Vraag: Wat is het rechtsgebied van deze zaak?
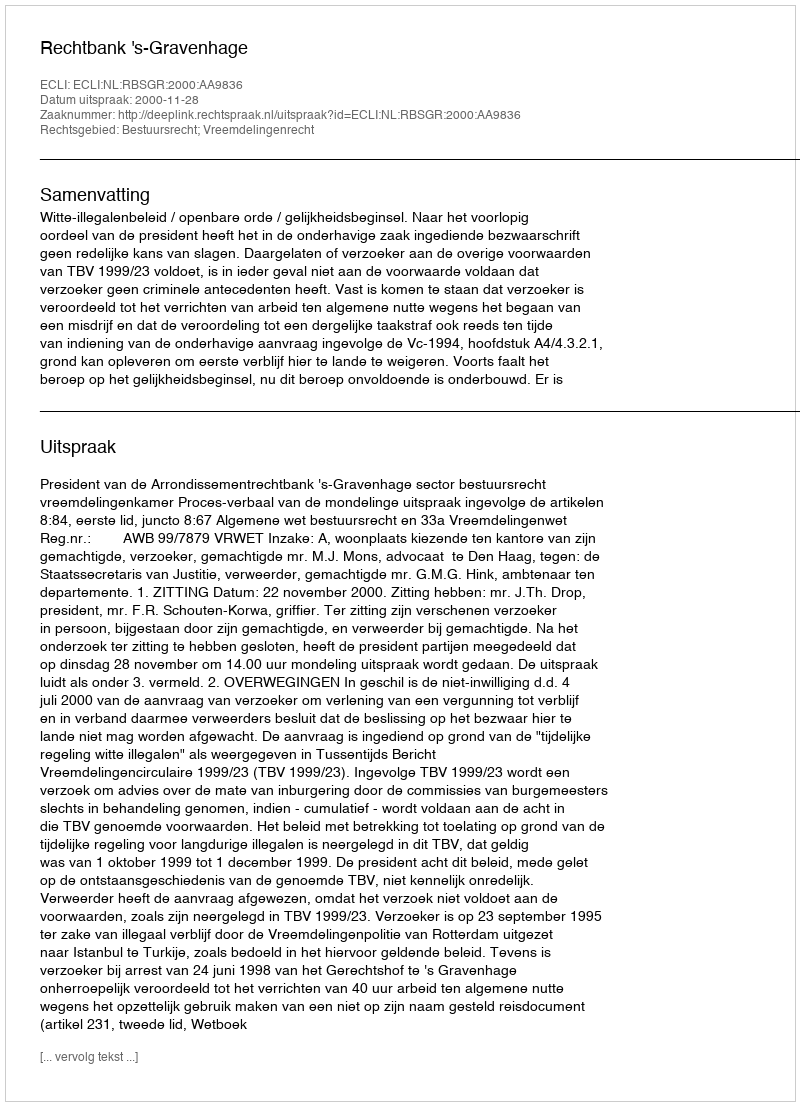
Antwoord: Bestuursrecht; Vreemdelingenrecht